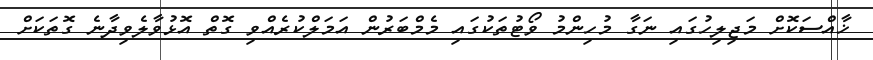
ޚާއްސަކޮށް މަޖިލިހުގައި ނަގާ މުހިންމު ވޯޓުތަކުގައި މެމްބަރުން އަމަލްކުރެއްވި ގޮތް އޮޅުވާލެވިދާނެ ގޮތަކަށް